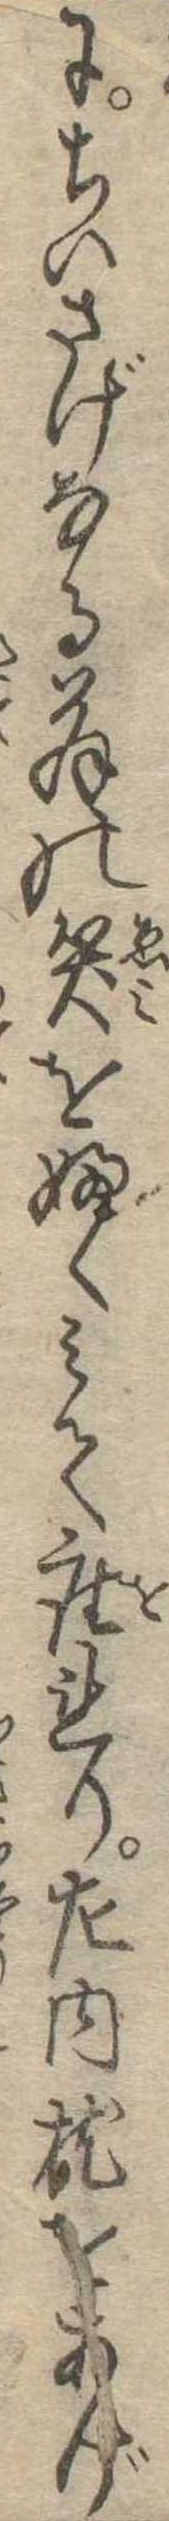
にちいさげなる翁の笑をふくみて座れり左内枕をあげ